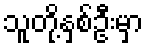
သူတို့နှစ်ဦးမှာ